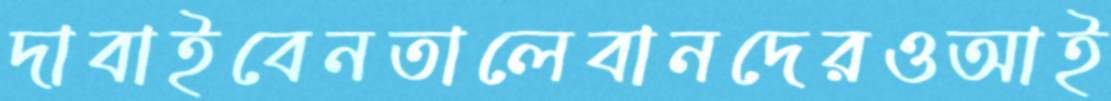
দাবাইবেনতালেবানদেরওআই